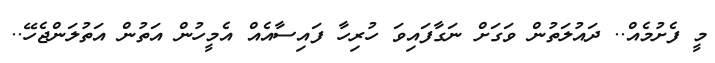
މީ ފެށުމެއް.. ދައުލަތުން ވަގަށް ނަގާފައިވަ ހުރިހާ ފައިސާއެއް އެމީހުން އަތުން އަތުލަންޖެހޭ..